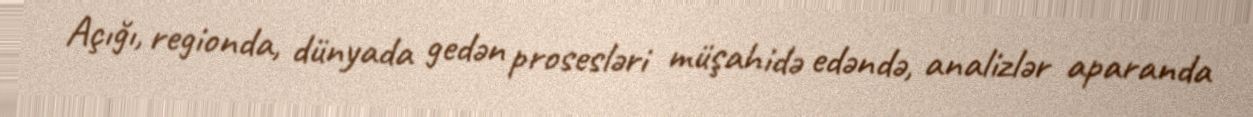
Açığı, regionda, dünyada gedən prosesləri müşahidə edəndə, analizlər aparanda